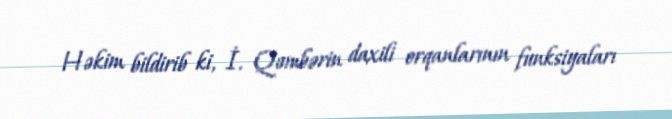
Həkim bildirib ki, İ. Qəmbərin daxili orqanlarının funksiyaları